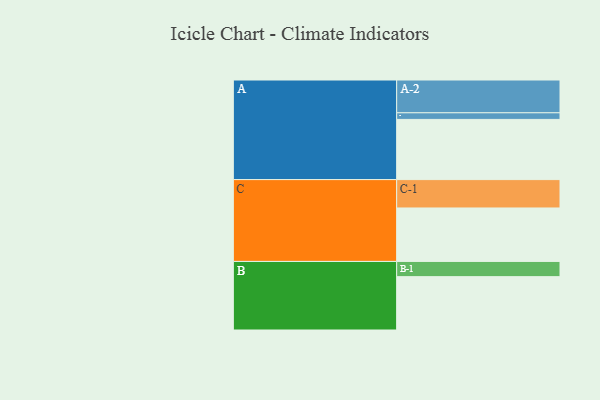
{"axis": {"x": "Segment", "y": "Value"}, "legend": ["", "A", "B", "C"], "data": [{"x": "A", "y": 545, "type": ""}, {"x": "B", "y": 483, "type": ""}, {"x": "C", "y": 484, "type": ""}, {"x": "A-1", "y": 60, "type": "A"}, {"x": "A-2", "y": 297, "type": "A"}, {"x": "B-1", "y": 138, "type": "B"}, {"x": "C-1", "y": 257, "type": "C"}]}